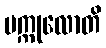
ပက္ကုလောတိ